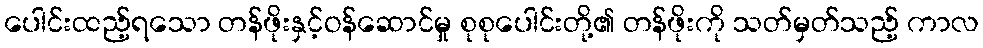
ပေါင်းထည့်ရသော တန်ဖိုးနှင့်ဝန်ဆောင်မှု စုစုပေါင်းတို့၏ တန်ဖိုးကို သတ်မှတ်သည့် ကာလ